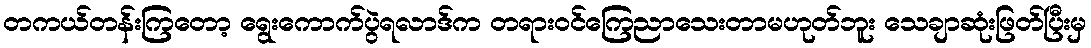
တကယ်တန်းကြတော့ ရွေးကောက်ပွဲရလာဒ်က တရားဝင်ကြေညာသေးတာမဟုတ်ဘူး သေချာဆုံးဖြတ်ပြီးမှ